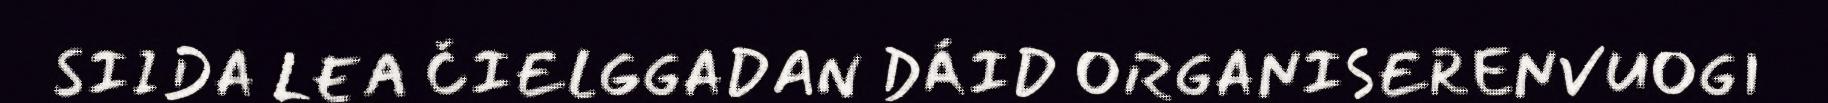
SIIDA LEA ČIELGGADAN DÁID ORGANISERENVUOGI